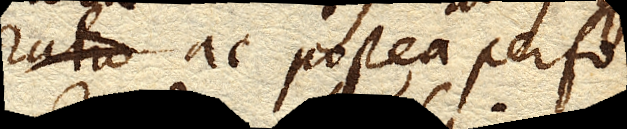
ac postea perfo